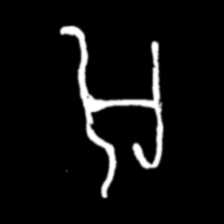
Pyu character \u2014 Myanmar letter: အ (romanized: a)